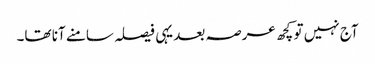
آج نہیں تو کچھ عرصہ بعد یہی فیصلہ سامنے آنا تھا۔